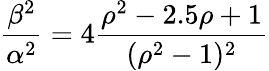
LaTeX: \frac{\beta^{2}}{\alpha^{2}}=4\frac{\rho^{2}-2.5\rho+1}{(\rho^{2}-1)^{2}}